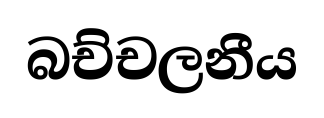
බච්චලනීය